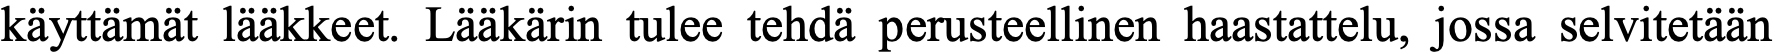
käyttämät lääkkeet. Lääkärin tulee tehdä perusteellinen haastattelu, jossa selvitetään